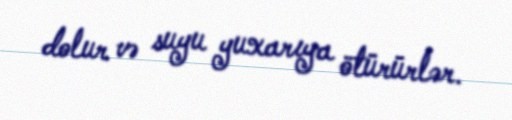
dolur və suyu yuxarıya ötürürlər.